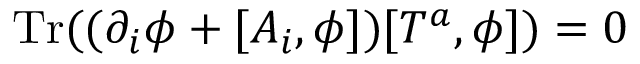
\mathrm { T r } ( ( \partial _ { i } \phi + [ A _ { i } , \phi ] ) [ T ^ { a } , \phi ] ) = 0